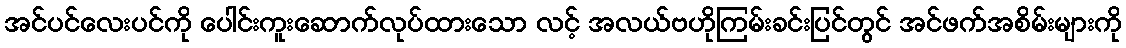
အင်ပင်လေးပင်ကို ပေါင်းကူးဆောက်လုပ်ထားသော လင့် အလယ်ဗဟိုကြမ်းခင်းပြင်တွင် အင်ဖက်အစိမ်းများကို